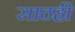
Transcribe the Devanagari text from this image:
साठही